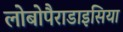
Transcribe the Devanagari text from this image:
लोबोपैराडाइसिया